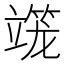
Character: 𰪒